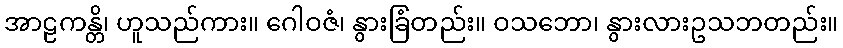
အာဠကန္တိ၊ ဟူသည်ကား။ ဂေါဝဇံ၊ နွားခြံတည်း။ ဝသဘော၊ နွားလားဥသဘတည်း။